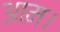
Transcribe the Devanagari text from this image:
आम।